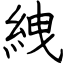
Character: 絏